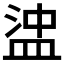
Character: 𥁵